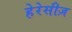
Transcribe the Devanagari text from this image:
हेरेसीज़